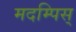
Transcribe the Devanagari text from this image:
मदम्पिस्